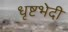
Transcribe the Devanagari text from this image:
धृष्टभेदी